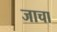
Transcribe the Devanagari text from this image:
जाचा